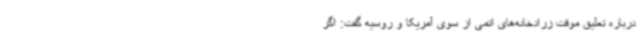
درباره تعلیق موقت زرادخانه‌های اتمی از سوی آمریکا و روسیه گفت: اگر